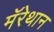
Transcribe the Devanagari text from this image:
मॅरेथान